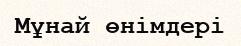
Мұнай өнімдері